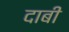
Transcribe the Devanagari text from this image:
दाबी